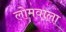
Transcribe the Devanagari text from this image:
लोमवाला